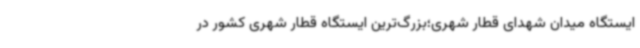
ایستگاه میدان شهدای قطار شهری؛بزرگ‌ترین ایستگاه قطار شهری کشور در